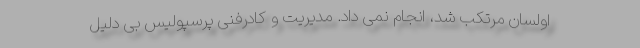
اولسان مرتکب شد، انجام نمی داد. مدیریت و کادرفنی پرسپولیس بی دلیل